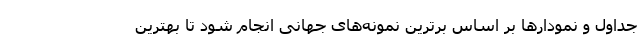
جداول و نمودارها بر اساس برترین نمونه‌های جهانی انجام شود تا بهترین